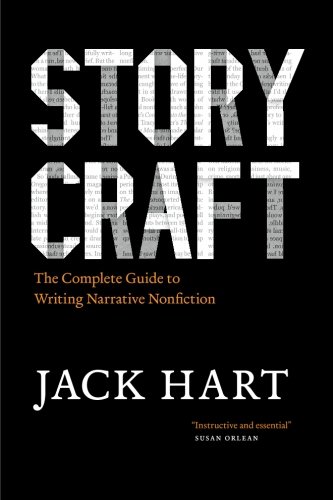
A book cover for Storycraft: The Complete Guide to Writing Narrative Nonfiction (Chicago Guides to Writing, Editing, and Publishing); Jack Hart; Reference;